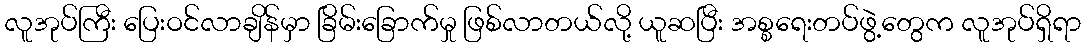
လူအုပ်ကြီး ပြေးဝင်လာချိန်မှာ ခြိမ်းခြောက်မှု ဖြစ်လာတယ်လို့ ယူဆပြီး အစ္စရေးတပ်ဖွဲ့တွေက လူအုပ်ရှိရာ